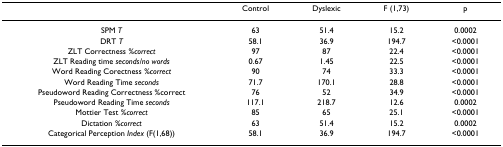
<table><thead><tr><td></td><td><b>Control</b></td><td><b>Dyslexic</b></td><td><b>F (1,73)</b></td><td><b>p</b></td></tr></thead><tbody><tr><td>SPM <i>T</i></td><td>63</td><td>51.4</td><td>15.2</td><td>0.0002</td></tr><tr><td>DRT <i>T</i></td><td>58.1</td><td>36.9</td><td>194.7</td><td>&lt;0.0001</td></tr><tr><td>ZLT Correctness <i>%correct</i></td><td>97</td><td>87</td><td>22.4</td><td>&lt;0.0001</td></tr><tr><td>ZLT Reading time <i>seconds/no words</i></td><td>0.67</td><td>1.45</td><td>22.5</td><td>&lt;0.0001</td></tr><tr><td>Word Reading Corectness <i>%correct</i></td><td>90</td><td>74</td><td>33.3</td><td>&lt;0.0001</td></tr><tr><td>Word Reading Time <i>seconds</i></td><td>71.7</td><td>170.1</td><td>28.8</td><td>&lt;0.0001</td></tr><tr><td>Pseudoword Reading Correctness %correct</td><td>76</td><td>52</td><td>34.9</td><td>&lt;0.0001</td></tr><tr><td>Pseudoword Reading Time <i>seconds</i></td><td>117.1</td><td>218.7</td><td>12.6</td><td>0.0002</td></tr><tr><td>Mottier Test <i>%correct</i></td><td>85</td><td>65</td><td>25.1</td><td>&lt;0.0001</td></tr><tr><td>Dictation <i>%correct</i></td><td>63</td><td>51.4</td><td>15.2</td><td>0.0002</td></tr><tr><td>Categorical Perception <i>Index </i>(F(1,68))</td><td>58.1</td><td>36.9</td><td>194.7</td><td>&lt;0.0001</td></tr></tbody></table>